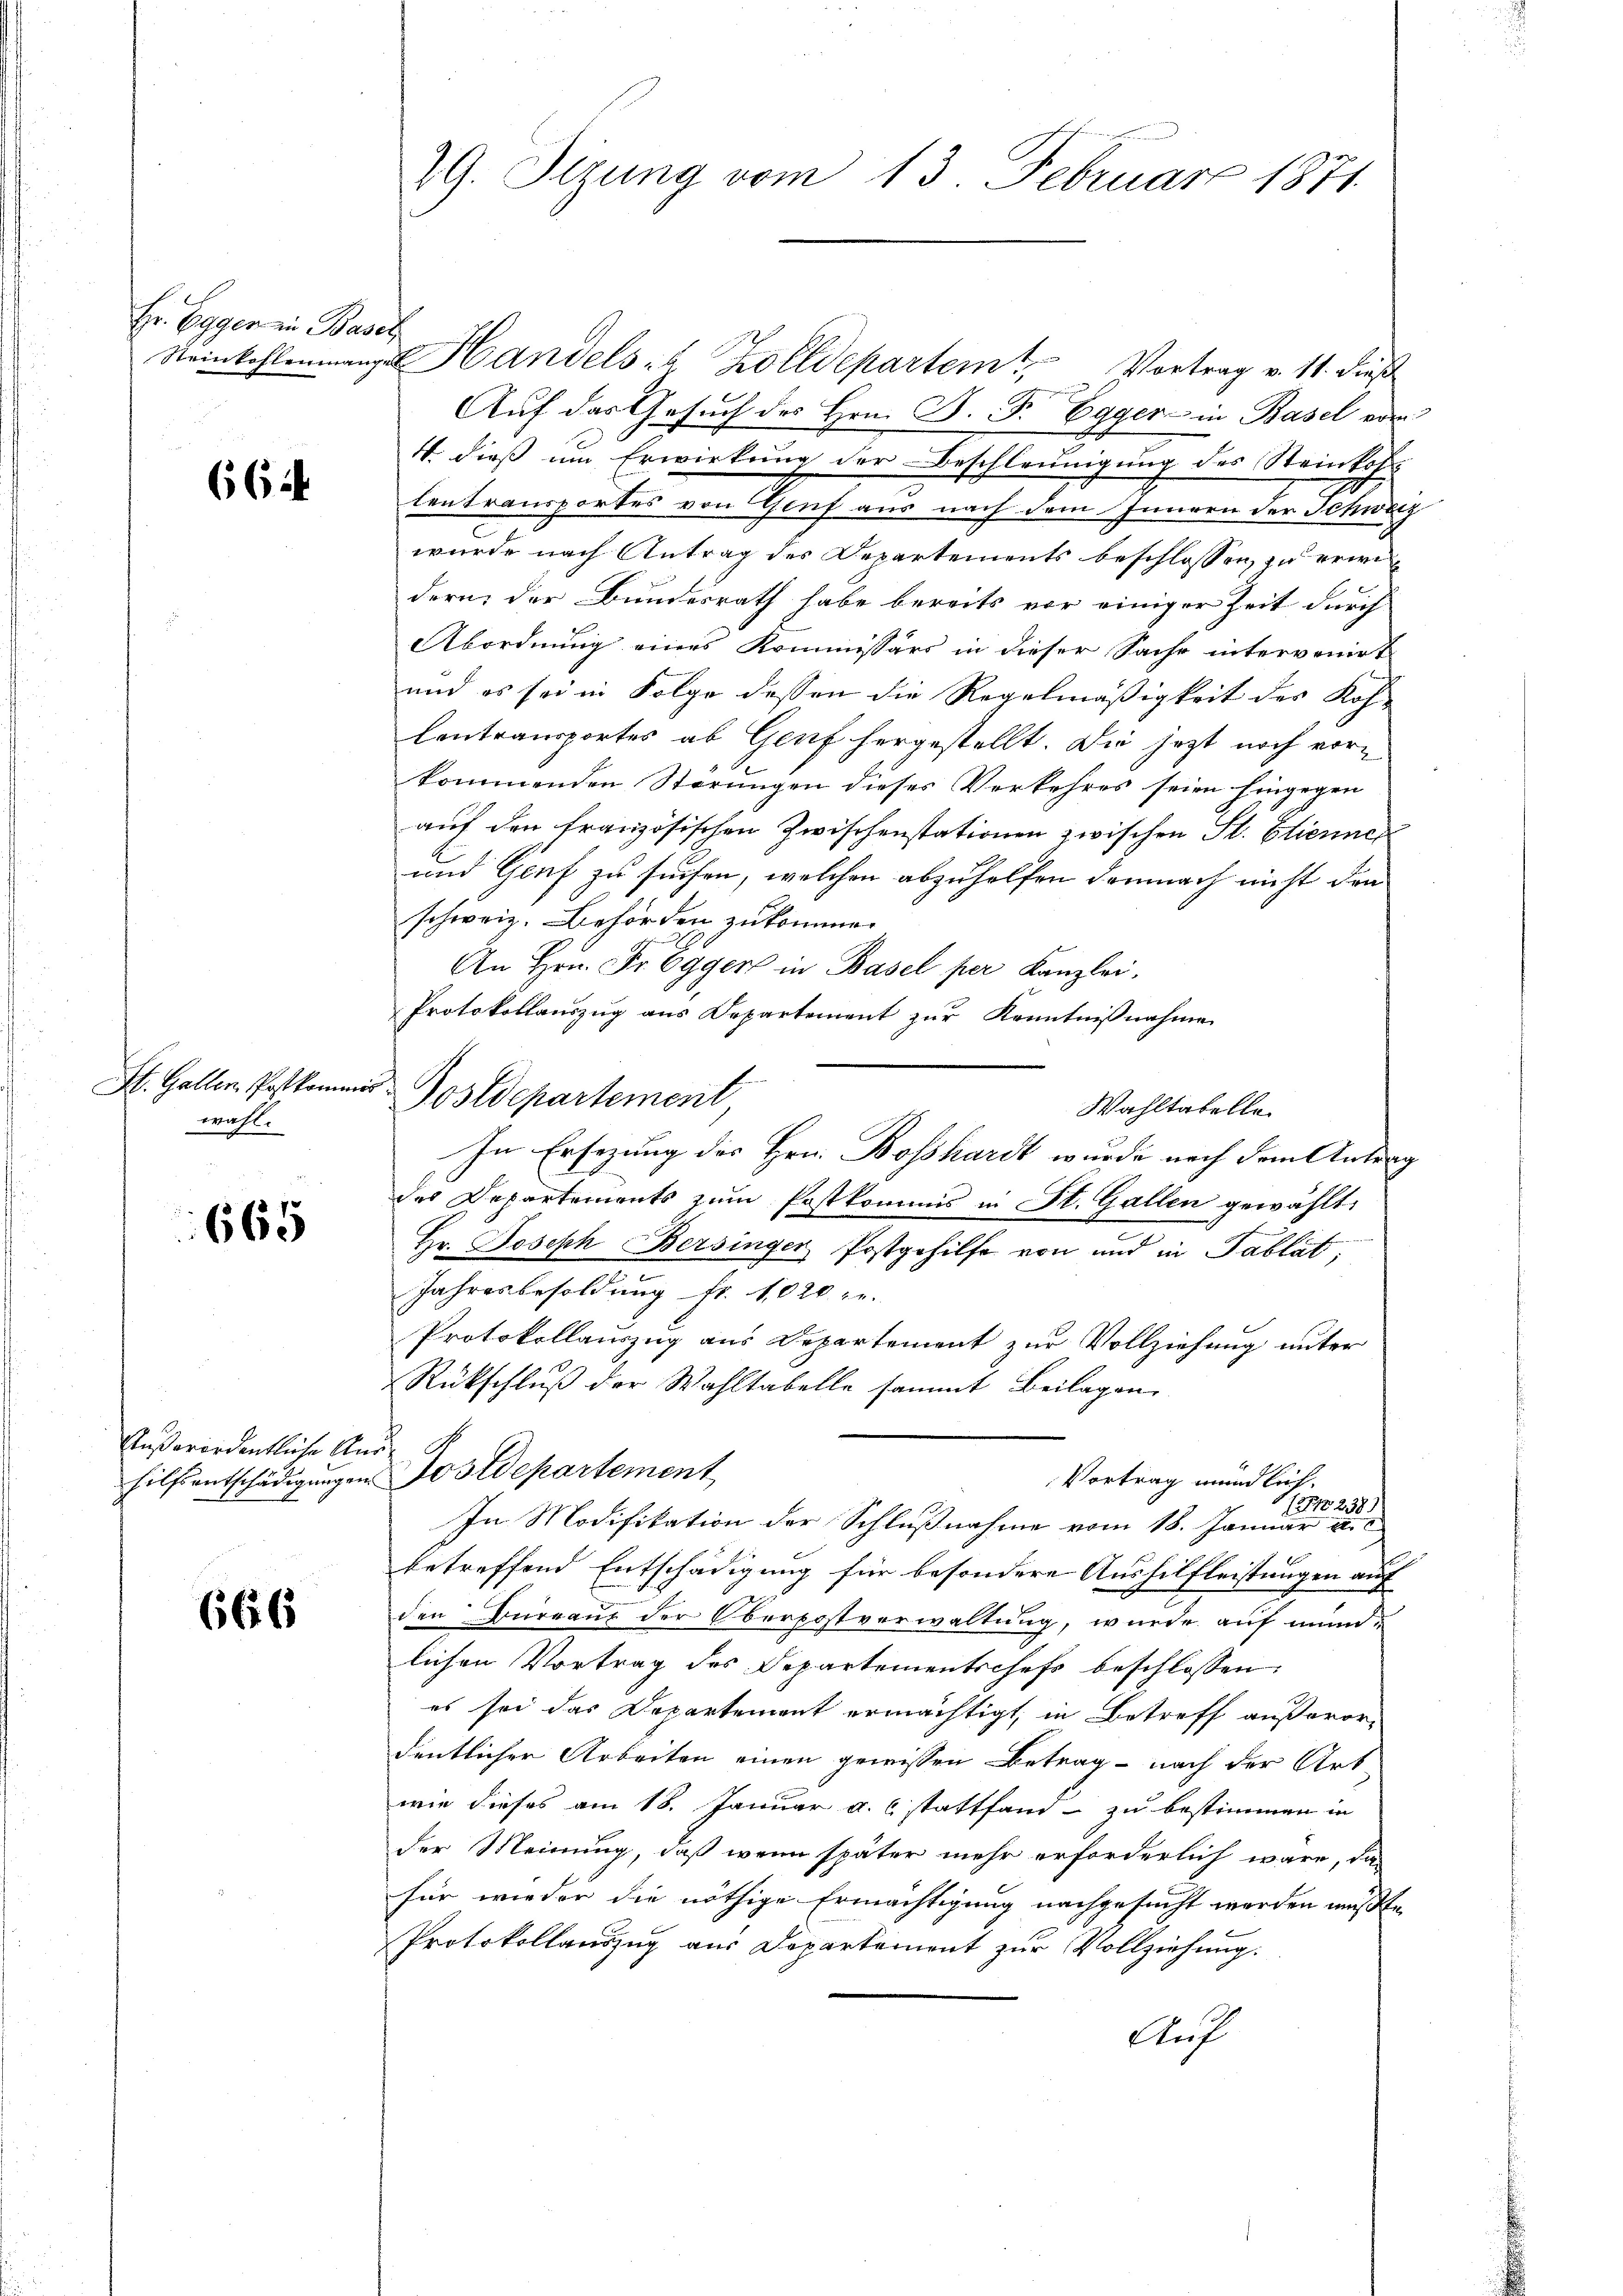
Hr. Egger in Basel

664

wahl.

665

Steinkohlenmange Handels- & Zolldepartem Vortrag v. 11. dieß
Auf das Gesuch des Hrn. P. F. Egger in Basel vom
4. dieß um Erwirkung der Beschleunigung des Steinkof
Centransportes von Genf aus nach dem Innern der Schweiz
wurde nach Antrag des Departements beschlossen, zu erwidern, der Bundesrath habe bereits vor einiger Zeit durch
Abordnung eines Kommissärs in dieser Sache intervenirt
und es sei in Folge dessen die Regelmäßigkeit des Koh-
Centransportes ab Genf hergestellt. Die jezt noch vorkommenden Störungen dieses Verkehres seien hingegen
auf den französischen Zwischenstationen zwischen St. Etienner
und Genf zu suchen, welchen abzuhelfen demnach nicht den
schweiz. Behörden zukommen
An Hrn. Fr. Egger in Basel per Kanzlei.
Protokollaŭszŭg ans Departement zŭr Kenntnißnahme
Wahltatelle.
In Ersezung des Hrn. Bosshardt wurde nach dem Antrag
des Departements zum Postkommis in St. Gallen gewählt:
Hr. Joseph Bersinger Postgehilfe von und in Tablat,
Jahresbesoldung fr. 1020 gr.
Protokollauszug aus Departement zur Vollziehung unter
Rückschluß der Wahltabelle sammt Beilagen
hilfsentschädigungen Postdepartement
Vortrag mündlich.
11371238)
In Modifikation der Schlußnahme vom 18. Januar v
betreffend Entschädigung für besondere Aushilfleistungen auf
den Büreaus der Oberpostverwaltung, wurde auf mündlichen Vortrag des Departementschefs beschlossen:
es sei das Departement ermächtigt, in Betreff außerordentlicher Arbeiten einen gewissen Betrag nach der Art
wie dieses am 18. Januar a. c. stattfand- zu bestimmen in
der Meinung, daß wenn später mehr erforderlich wäre, da
für wieder die nöthige Ermächtigung nachgesucht werden müßte,
Protokollauszug aus Departemont zur Vollziehung.
Auf

Außerordentliche Aus-

666

29. Sizung vom 13. Februar 1871.

St. Galler. Postkomen Postdepartement,